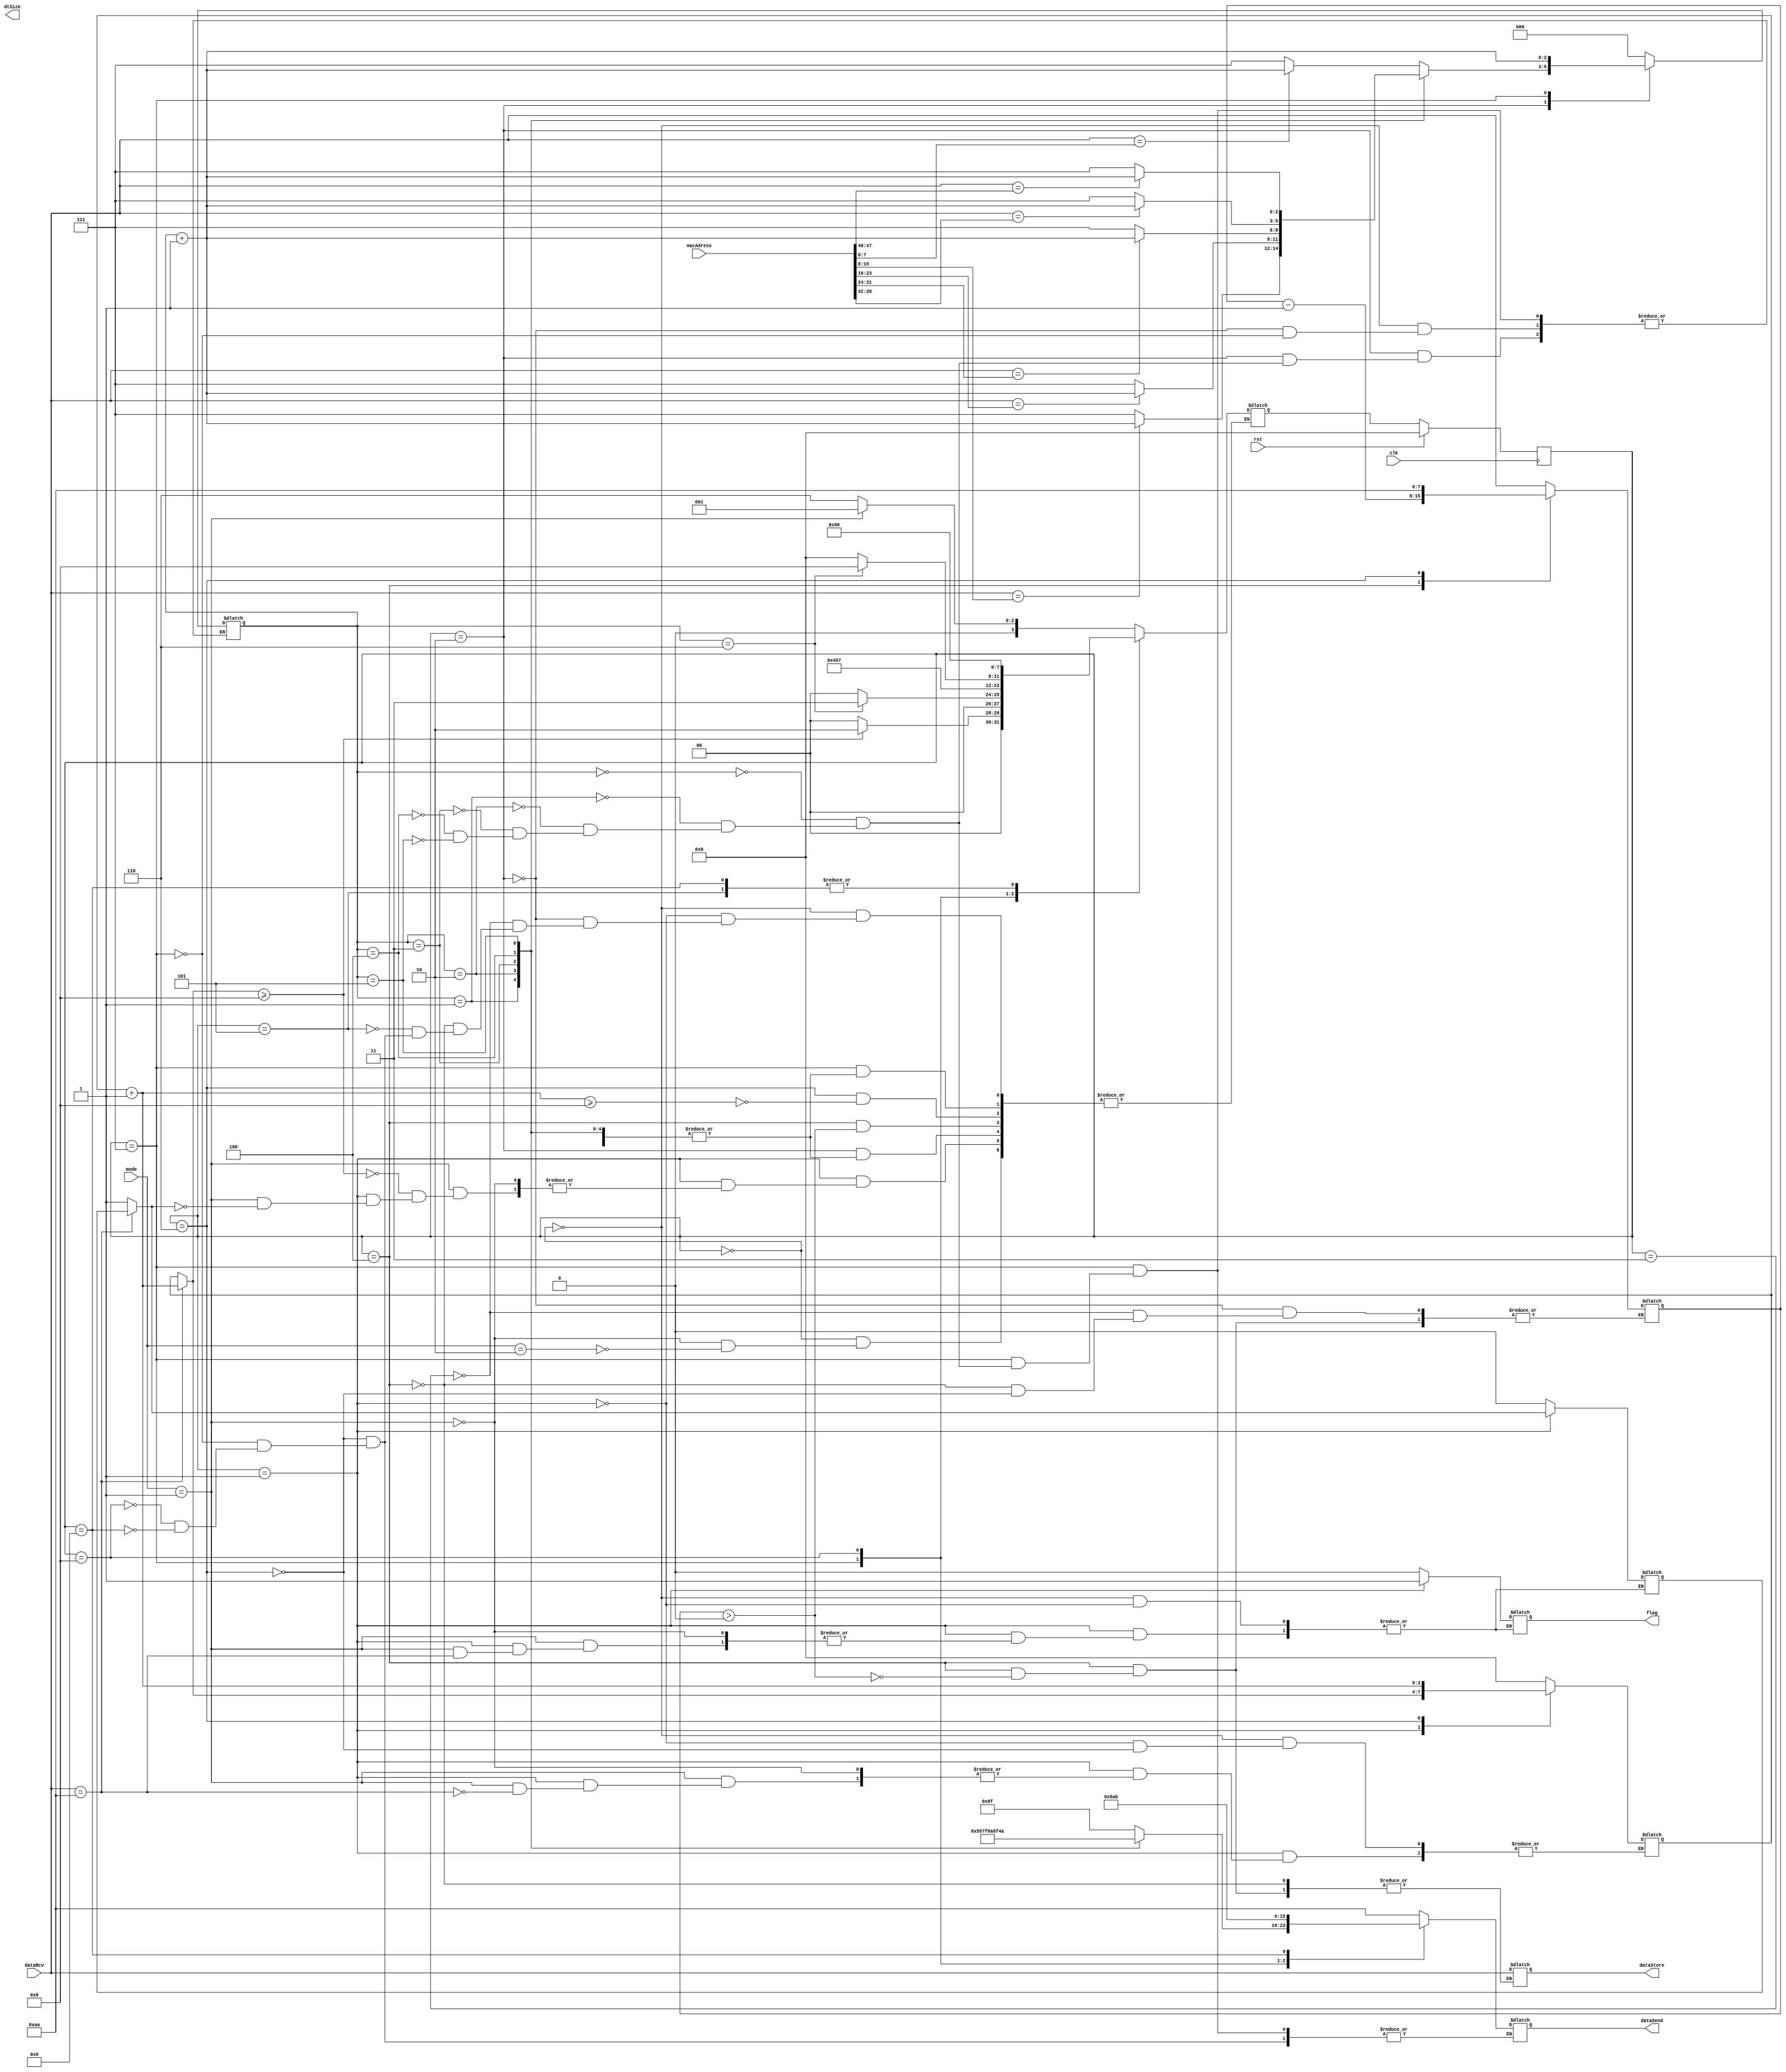
module EthernetMod(
	 
    input clk, rst,                                    // Clock & Reset
    input [1:0] mode,                                  // Modes: 00 -> Disabled, 01 -> Reading & Saving, 10 -> Generate & send               
    input [7:0] dataRcv,                               // Data receive & Data load
	 input [47:0] macAdress,
    output reg [7:0] dataStore, dataSend, dtSize ,     // Data store , Data send & Data size
	 output reg flag
    );

    parameter IDLE = 4'h0;
    parameter HEARING = 4'h1;
    parameter READINGMAC = 4'h2;
	 parameter READINGSIZE = 4'h3;
	 parameter READINGDATA = 4'h4;
	 parameter VERIFY = 4'h5;
	 parameter SENDING = 4'h6;
	 parameter SENDINGMAC = 4'h7;
	 parameter SENDINGSIZE = 4'h8;
	 parameter SENDINGDATA = 4'h9;
	 
	 parameter MACTARGET = 48'h4A6F8A7FAA8F;
	 parameter DATASIZE  = 8'h08;
	 parameter DATA      = 8'hAB;

    reg [3:0] current_state, next_state;
    reg [3:0] pbleCount, waitClk;                // Preamble counter and Pause
	 reg [2:0] macCount;
    reg [7:0] buffer, dataSize;                  // Module buffer and data size holding
    reg cancelPble, cancelMAC;                   // Protocol abortation flag

    always @(current_state) begin
        case(current_state)
            IDLE:
                begin
						  flag = 0;
						  macCount = 3'h0;
                    pbleCount = 4'h0;
                    cancelPble = 0;
						  cancelMAC = 0;
//						  if(waitClk > 0) begin
//								waitClk = waitClk - 1'd1;
//								next_state <= IDLE;
//						  end
						  if(mode == 2'b01)
                        next_state <= HEARING;
						  else if(mode == 2'b10)
                        next_state <= SENDING;
                end 

            HEARING:
                begin
                    if(mode == 2'b01) begin
                        if(dataRcv == 8'b10101010)
									 pbleCount = pbleCount + 1'd1;
                        else begin
                            cancelPble = 1;
									 flag = 1;
								end

                        if(cancelPble == 1) begin
									
                            next_state = IDLE;
								end 
                        if(pbleCount >= 4'd8) 
                            next_state <= READINGMAC;
                    end
                end

            READINGMAC:
                begin
                    buffer = dataRcv;
						  case(macCount)
								3'd0: begin
									if(buffer == macAdress[7:0])
										macCount = macCount + 1'd1;
									else
										macCount = 3'd7;
								end
								3'd1: begin
									if(buffer == macAdress[15:8])
										macCount = macCount + 1'd1;
									else
										macCount = 3'd7;
								end
								3'd2: begin
									if(buffer == macAdress[23:16])
										macCount = macCount + 1'd1;
									else
										macCount = 3'd7;
								end
								3'd3: begin
									if(buffer == macAdress[31:24])
										macCount = macCount + 1'd1;
									else
										macCount = 3'd7;
								end
								3'd4: begin
									if(buffer == macAdress[39:32])
										macCount = macCount + 1'd1;
									else
										macCount = 3'd7;
								end
								3'd5: begin
									if(buffer == macAdress[47:40])
										macCount = macCount + 1'd1;
									else
										macCount = 3'd7;
								end
								3'd6:
									next_state <= READINGSIZE;
								default:
									next_state <= IDLE;
						  endcase
                end
					 
				READINGSIZE:
					begin
						dataSize = dataRcv;
						buffer   = dataSize;
						next_state <= READINGDATA;
					end
					
				READINGDATA:
					begin
						if(buffer > 0) begin
							buffer = buffer - 1'd1;
							dataStore = dataRcv;
						end
						else 
							next_state <= VERIFY;
					end
					
				VERIFY:
					begin
						next_state <= IDLE;
					end
					
				SENDING:
					begin
						buffer = 8'b10101010;
						dataSend = buffer;
						pbleCount = pbleCount + 1'd1;
						if(pbleCount >= 4'd8)
							next_state <= SENDINGMAC;
					end
					
				SENDINGMAC:
					begin
						  case(macCount)
								3'd0: begin
										dataSend = MACTARGET[7:0];
										macCount = macCount + 1'd1;
								end
								3'd1: begin
										dataSend = MACTARGET[15:7];
										macCount = macCount + 1'd1;
								end
								3'd2: begin
										dataSend = MACTARGET[23:16];
										macCount = macCount + 1'd1;
								end
								3'd3: begin
										dataSend = MACTARGET[31:24];
										macCount = macCount + 1'd1;
								end
								3'd4: begin
										dataSend = MACTARGET[39:32];
										macCount = macCount + 1'd1;
								end
								3'd5: begin
										dataSend = MACTARGET[47:40];
										macCount = macCount + 1'd1;
								end
								3'd6:
									next_state <= SENDINGSIZE;
								default:
									next_state <= IDLE;
						  endcase
					end
					
				SENDINGSIZE:
					begin
						dataSend = DATASIZE;
						next_state <= SENDINGDATA;
					end
					
				SENDINGDATA:
					begin
						dataSend = DATA;
						next_state <= IDLE;
					end
					
        endcase
    end

    always @(posedge clk) begin
        if(rst) begin
           current_state <= IDLE;
		  end
	     else
           current_state <= next_state;
    end

endmodule